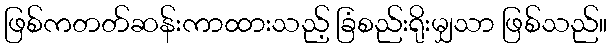
ဖြစ်ကတတ်ဆန်းကာထားသည့် ခြံစည်းရိုးမျှသာ ဖြစ်သည်။